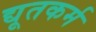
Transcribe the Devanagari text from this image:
द्यूतकर्म